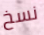
نسخ